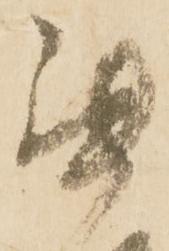
罷